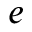
e